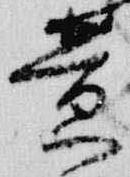
黄